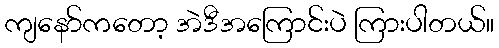
ကျနော်ကတော့ အဲဒီအကြောင်းပဲ ကြားပါတယ်။